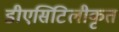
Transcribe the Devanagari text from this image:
डीएसिटिलीकृत